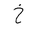
Letter: _kha